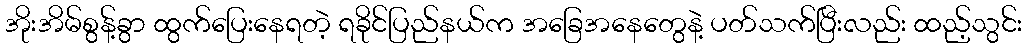
အိုးအိမ်စွန့်ခွာ ထွက်ပြေးနေရတဲ့ ရခိုင်ပြည်နယ်က အခြေအနေတွေနဲ့ ပတ်သက်ပြီးလည်း ထည့်သွင်း